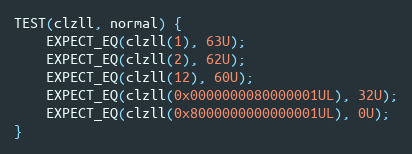
Language: C++
TEST(clzll, normal) {
    EXPECT_EQ(clzll(1), 63U);
    EXPECT_EQ(clzll(2), 62U);
    EXPECT_EQ(clzll(12), 60U);
    EXPECT_EQ(clzll(0x0000000080000001UL), 32U);
    EXPECT_EQ(clzll(0x8000000000000001UL), 0U);
}